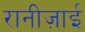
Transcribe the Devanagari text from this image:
रानीज़ाई